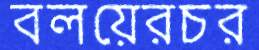
বলয়েরচর